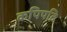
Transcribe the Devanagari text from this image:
कपिपति